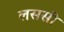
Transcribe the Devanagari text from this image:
लससी